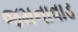
જમનાવાડ